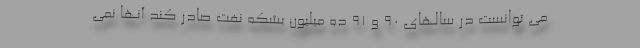
می توانست در سالهای ۹۰ و ۹۱ ده میلیون بشکه نفت صادر کند آنها نمی